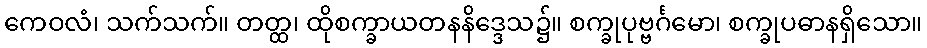
ကေဝလံ၊ သက်သက်။ တတ္ထ၊ ထိုစက္ခာယတနနိဒ္ဒေသ၌။ စက္ခုပုဗ္ဗင်္ဂမော၊ စက္ခုပဓာနရှိသော။